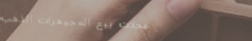
محلات بيع المجوهرات الذهب